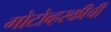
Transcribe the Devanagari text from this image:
गोटोव्हस्कीची